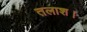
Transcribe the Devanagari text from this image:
तलाश।